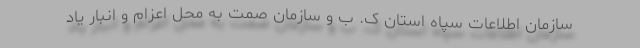
سازمان اطلاعات سپاه استان ک. ب و سازمان صمت به محل اعزام و انبار یاد